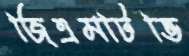
জিএমটিভি